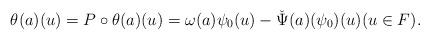
LaTeX: \begin{align*}\theta(a)(u) = P\circ \theta(a)(u) = \omega(a) \psi_0(u) - \check{\Psi}(a)(\psi_0)(u) (u\in F).\end{align*}